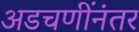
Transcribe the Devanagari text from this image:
अडचणींनंतर